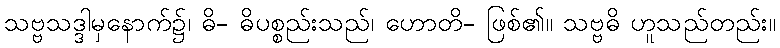
သဗ္ဗသဒ္ဒါမှနောက်၌၊ ဓိ- ဓိပစ္စည်းသည်၊ ဟောတိ- ဖြစ်၏။ သဗ္ဗဓိ ဟူသည်တည်း။